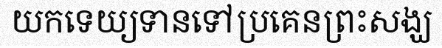
យកទេយ្យទានទៅប្រគេនព្រះសង្ឃ